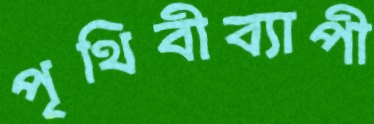
পৃথিবীব্যাপী